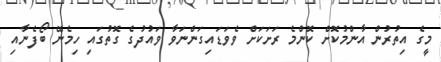
މީގެ އިތުރުން އާންމުކޮށް ކޮންމެ ރަށަކަށް ވެވަޑައިގަންނަވާ ވައުދުގެ ގޮތުގައި ހިމެނޭ ބޯފެނާއި